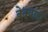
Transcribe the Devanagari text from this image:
वेदवाह्य